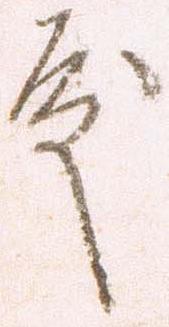
殿